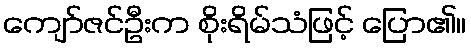
ကျော်ဇင်ဦးက စိုးရိမ်သံဖြင့် ပြော၏။